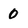
Character: 0